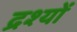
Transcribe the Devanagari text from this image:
द्रश्‍यों